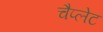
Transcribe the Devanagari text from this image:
चैप्लेट